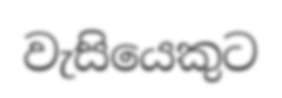
වැසියෙකුට